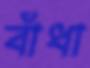
বাঁধা